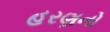
હરણનો